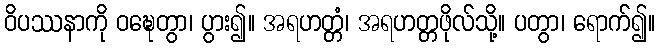
ဝိပဿနာကို ဝဍ္ဎေတွာ၊ ပွား၍။ အရဟတ္တံ၊ အရဟတ္တဖိုလ်သို့။ ပတွာ၊ ရောက်၍။